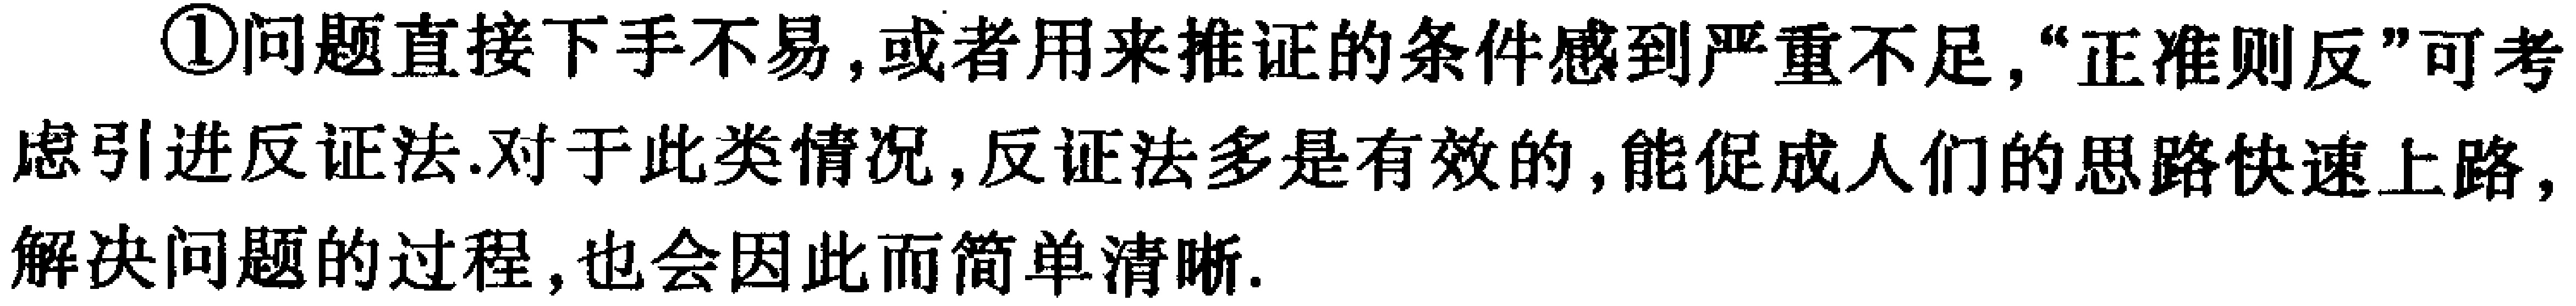
\textcircled{1}问题直接下手不易,或者用来推证的条件感到严重不足,“正难则反”可考虑引进反证法.对于此类情况,反证法多是有效的,能促成人们的思路快速上路,解决问题的过程,也会因此而简单清晰.